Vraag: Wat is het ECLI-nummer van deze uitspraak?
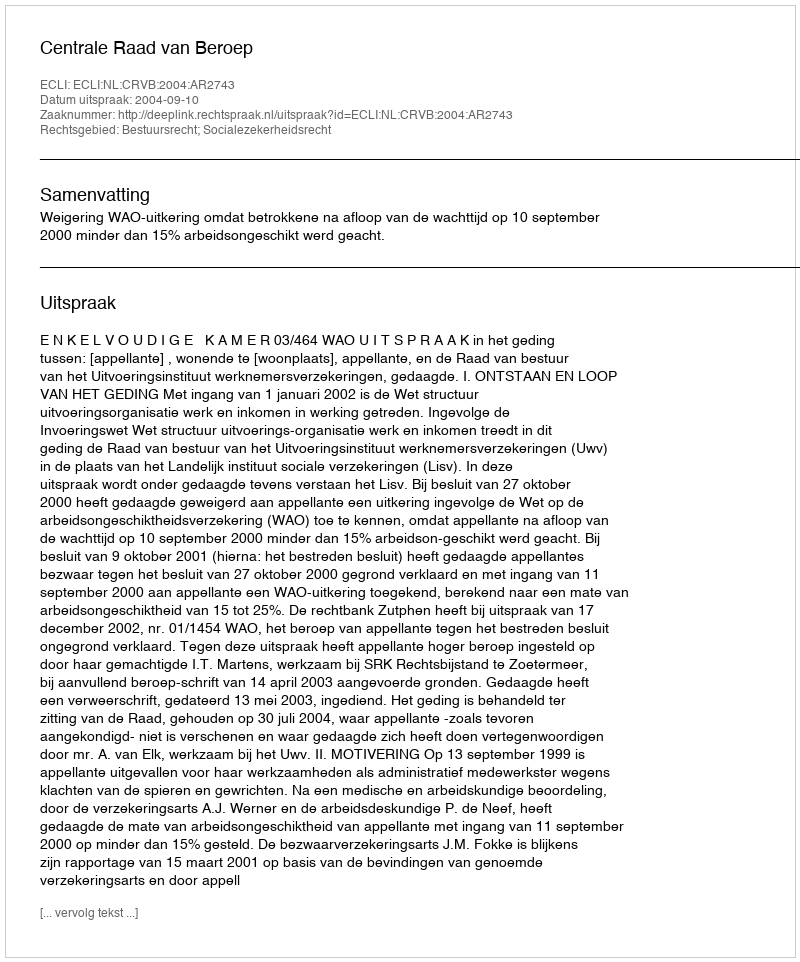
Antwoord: ECLI:NL:CRVB:2004:AR2743